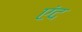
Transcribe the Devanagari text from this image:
एंद